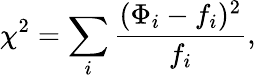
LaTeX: \chi^{2}=\sum_{i}\frac{(\Phi_{i}-f_{i})^{2}}{f_{i}},